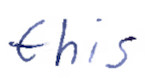
Text: this
Cross-out: clean
Writing tool: ballpoint